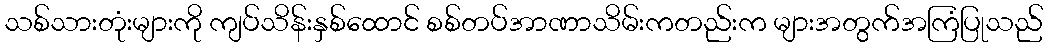
သစ်သားတုံးများကို ကျပ်သိန်းနှစ်ထောင် စစ်တပ်အာဏာသိမ်းကတည်းက များအတွက်အကြံပြုသည်